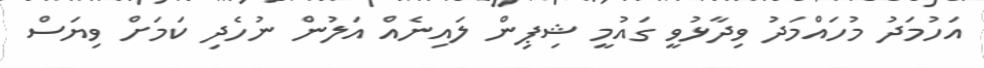
އަހުމަދު މުހައްމަދު ވިދާޅުވީ ގައުމީ ޝިޕިން ލައިނެއް އަލުން ނުހެދި ކަމަށް ވިޔަސް